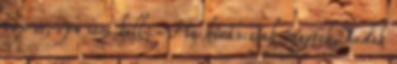
10x is, vpn sem kell: Ha kíváncsiak vagytok, tudok